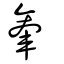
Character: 軬